Calcutta medical institutions reports 1871-78
Year: 1871
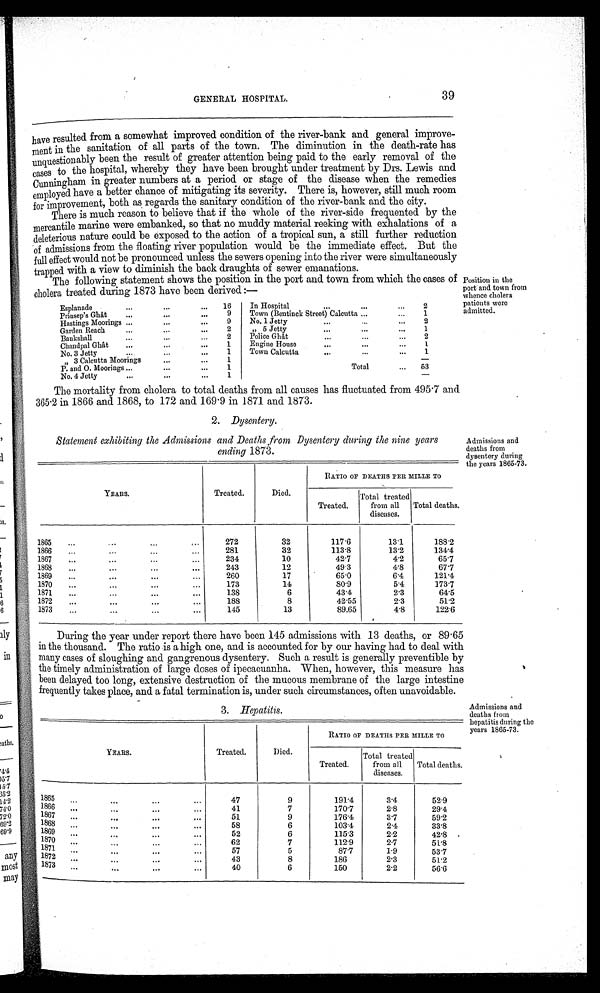
GENERAL HOSPITAL.
39
have resulted from a somewhat improved condition of the river-bank and general improve
-
ment in the sanitation of all parts of the town. The diminution in the death-rate has
unquestionably been the result of greater attention being paid to the early removal of the
cases to the hospital, whereby they have been brought under treatment by Drs. Lewis and
Cunningham in greater numbers at a period or stage of the disease when the remedies
employed have a better chance of mitigating its severity. There is, however, still much room
for improvement, both as regards the sanitary condition of the river-bank and the city.
There is much reason to believe that if the whole of the river-side frequented by the
mercantile marine were embanked, so that no muddy material reeking with exhalations of a
deleterious nature could be exposed to the action of a tropical sun, a still further reduction
of admissions from the floating river population would be the immediate effect. But the
full effect would not be pronounced unless the sewers opening into the river were simultaneously
trapped with a view to diminish the back draughts of sewer emanations.
The following statement shows the position in the port and town from which the cases of
cholera treated during 1873 have been derived:—
Esplanade
16
In Hospital
2
Prinsep's Ghât
9
Town (Bentinck Street) Calcutta
1
Hastings Moorings
9
No. 1 Jetty
2
Garden r
2
" 5 Jetty
1
Bankshall
2
Police Ghât
2
Chandpal Ghât
1
Engine House
1
No. 3 Jetty
1
Town Calcutta
1
" 3 Calcutta Moorings
1
Total
63
-
P. and O. Moorings
1
No. 4 Jetty
1
The mortality from cholera to total deaths from all causes has fluctuated from 495·7 and
365·2 in 1866 and 1868, to 172 and 169 . 9 in 1871 and 1873.
Position in the
port and town from
whence cholera
patients were
admitted.
2. Dysentery.
Statement exhibiting the Admissions and Deaths from Dysentery during the nine years
ending 1873.
YEARS.
Treated.
Died.
RATIO oF DEATHS PER MILLE TO
Treated.
Total treated
from all
diseases.
Total deaths.
1865.
272
32
117·6
13·1
188·2
1866
1866
281
32
113·8
13·2
134·4
1867
234
10
42·7
4·2
65·7
1868
243
12
49·3
4·8
67·7
1869
260
17
65·0
6·4
121·4
1870
173
14
80·9
5·4
173·7
1871
138
6
43·4
2·3
64·5
1872
188
8
42·55
2·3
51·2
1873
145
13
89·65
4·8
122·6
Admissions and
deaths from
dysentery during
the years 1865-.73.
During the year under report there have been 145 admissions with 13 deaths, or 89.65
in the thousand. The ratio is a high one, and is accounted for by our having had to deal with
many cases of sloughing and gangrenous dysentery. Such a result is generally preventible by
the timely administration of large doses of ipecacuanha. When, however, this measure has
been delayed too long, extensive destruction of the mucous membrane of the large intestine
frequently takes place, and a fatal termination is, under such circumstances, often unavoidable.
3. Hepatitis.
YEARS.
Treated.
Died.
RATIO OF DEATHS PER MILLE TO
Treated.
Total treated
from all
diseases.
Total deaths.
1865
47
9
191·4
3·4
5 2 · 9
1866
41
7
170·7
2·8
2 9 · 4
1867
51
9
176·4
3 · 7
5 9 · 4
1868
58
6
103·4
2 . 4
3 3 . 8
1869
52
6
1 1 5 · 3
2·2
4 2 8
1870
62
7
1 1 2 9
2·7
5 1 · 8
1871
5 7
5
8 7 · 7
1 · 9
5 3 · 7
1872
1872
4 3
8
1 8 6
2 · 3
5 1 · 2
40
6
1 5 0
2·2
56·6
Admissions and
deaths from
hepatitis during the
years 1865-73.